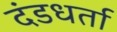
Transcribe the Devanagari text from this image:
दंडधर्ता